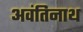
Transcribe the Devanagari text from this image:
अवंतिनाथ